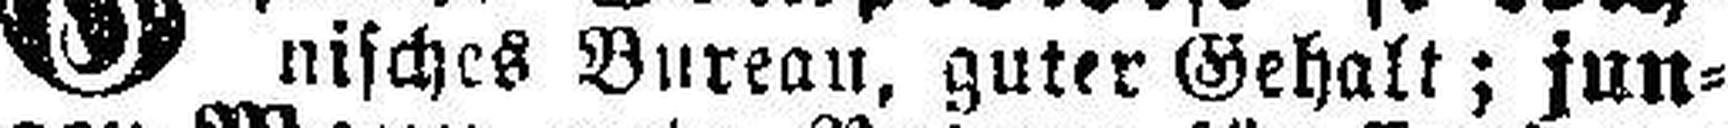
nisches Bureau, guter Gehalt; jun¬